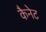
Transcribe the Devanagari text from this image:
कैनेट